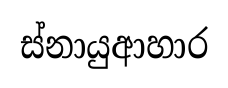
ස්නායුආහාර